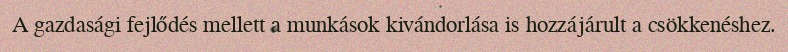
A gazdasági fejlődés mellett a munkások kivándorlása is hozzájárult a csökkenéshez.